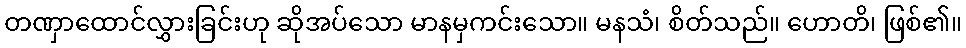
တဏှာထောင်လွှားခြင်းဟု ဆိုအပ်သော မာနမှကင်းသော။ မနသံ၊ စိတ်သည်။ ဟောတိ၊ ဖြစ်၏။